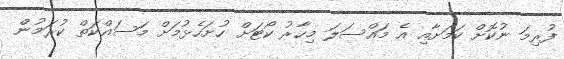
ފުރިމަ ނުކޮށް ކަމަށާއި އެ މައްސަލަ މިހާރު ކޯޓަށް ހުށަހެޅުމަށް މަސައްކަތް ކުރަމުން